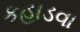
કહાડવા